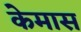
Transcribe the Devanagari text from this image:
केमास